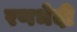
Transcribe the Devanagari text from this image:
रणभेदी